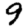
Digit: 9